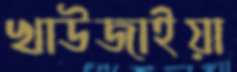
খাউজাইয়া